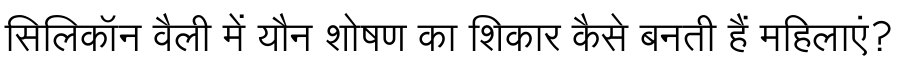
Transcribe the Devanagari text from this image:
सिलिकॉन वैली में यौन शोषण का शिकार कैसे बनती हैं महिलाएं?